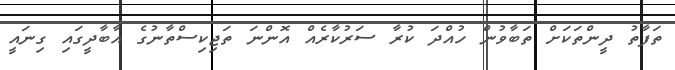
ތަފާތު ދީންތަކަށް ތަބާވުން ހުއްދަ ކުރާ ސަރުކާރެއް އޮންނަ ތަޖިކިސްތާނުގެ އާބާދީގައި ގިނައީ